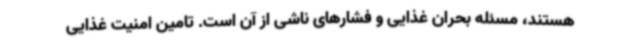
هستند، مسئله بحران غذایی و فشارهای ناشی از آن است. تامین امنیت غذایی